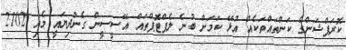
ކޮރަޕްޝަންގެ ކަންތައްތަކެއް އުޅޭ ކަމަށް ބުނެ ލެޕްޓޮޕްތައް އޭސީސީން ގެންދިޔައީ މެއި 2102